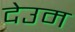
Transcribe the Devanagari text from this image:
देउम